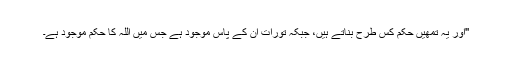
''اور یہ تمھیں حَکم کس طرح بناتے ہیں، جبکہ تورات ان کے پاس موجود ہے جس میں اللہ کا حکم موجود ہے۔